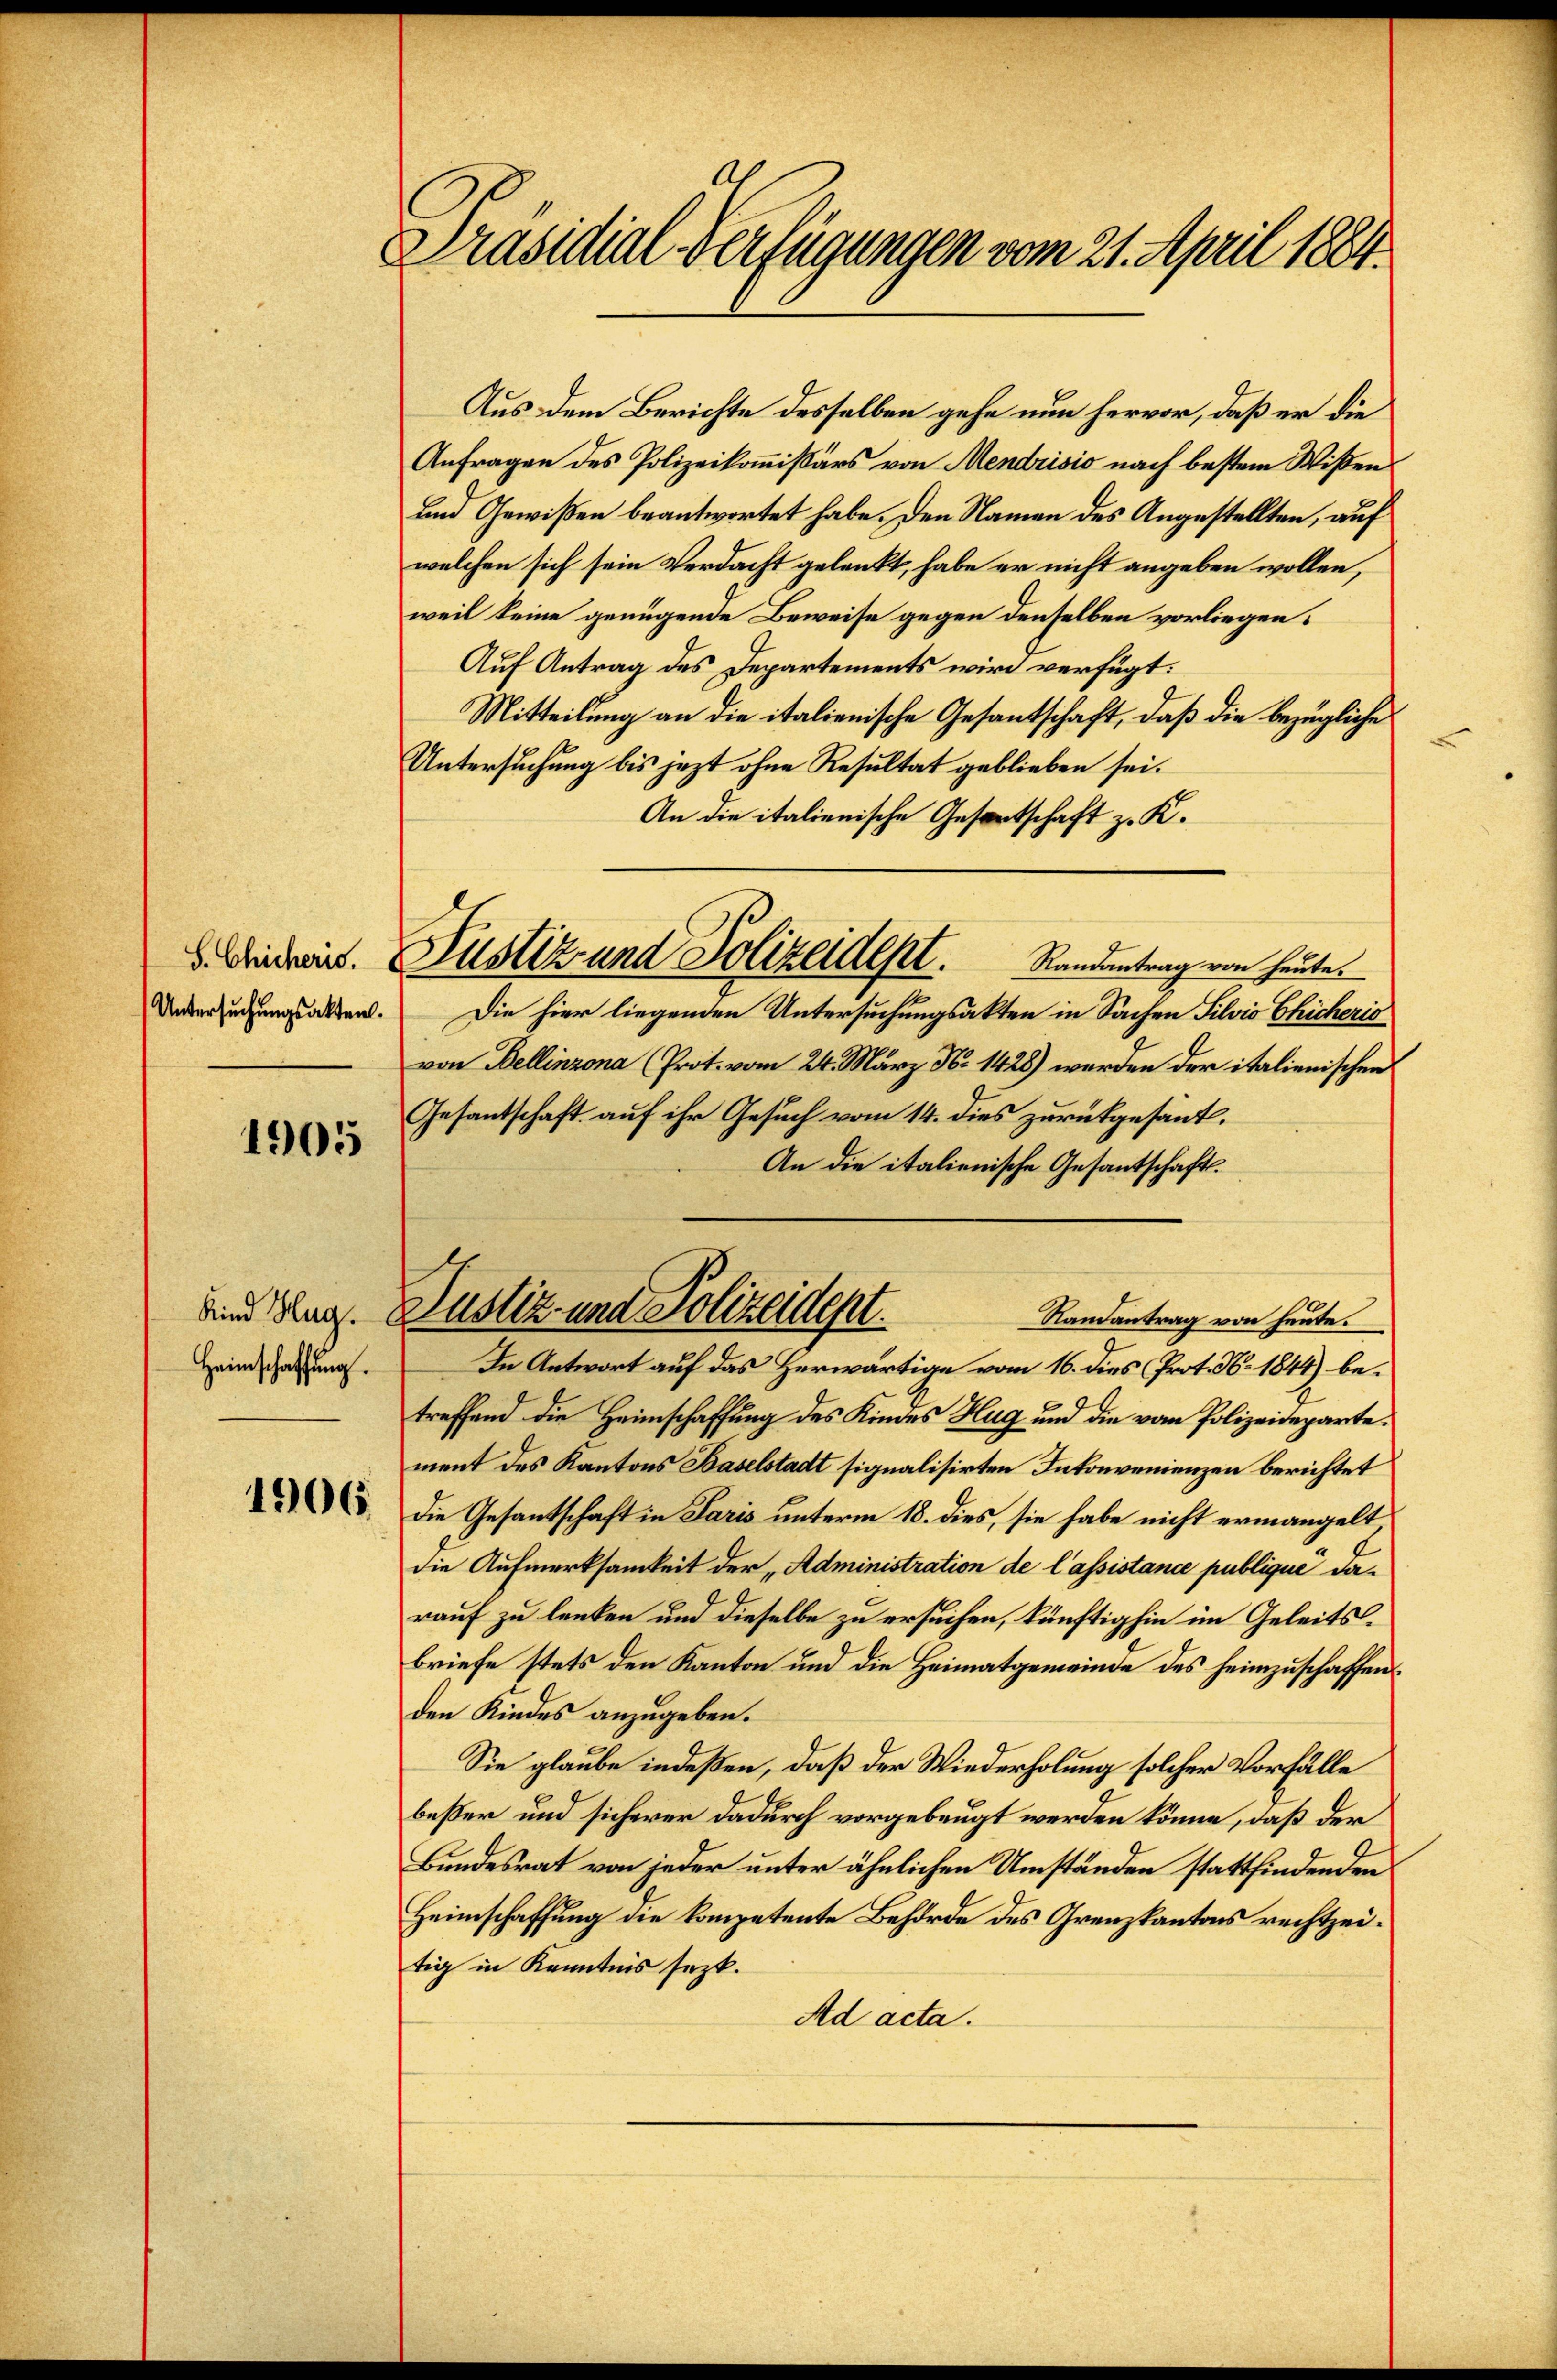
Untersŭchŭngsakten.

1905

Kind Hug.
Heimschaffung.

1906

Präsidial-Verfügungen vom 21. April 1884.

Aus dem Berichte desselben gehe nun hervor, daß er die
Anfragen des Polizeikommissärs von Mendrisis nach bestem Wißen
und Gewißen beantwortet habe. Den Namen des Angestellten, auf
welchen sich sein Verdacht gelenkt, habe er nicht angeben wollen,
weil keine genügende Beweise gegen denselben vorliegen.
Auf Antrag des Departements wird verfügt:
Mitteilung an die italienische Gesantschaft, daß die bezügliche
Untersuchung bis jetzt ohne Resultat geblieben sei.
An die italienische Gefortschaft z. K.
Randantrag von heute.
e
Die hier liegenden Untersuchungsakten in Sachen Silvio Chicheris
von Bellinzona (Prot. vom 24. März No. 1428) werden der italienischen
Gesantschaft auf ihr Gesuch vom 14. dies zurükgesant.
An die italienische Gesantschaft.
Justiz und Polizeident.
Randantrag von heute.
In Antwort auf das Herwärtige vom 16. dies Prot. N. 1844) betreffend die Heimschaffung des Kindes Hug und die vom Polizeideparte.
ment des Kantons Baselstadt signalisirten Intonvenienzen berichtet
die Gesantschaft in Paris unterm 18. dies, sie habe nicht ermangelt
die Aufmerksamkeit der „Administration de Cassistance publiqué darauf zu lenken und dieselbe zu ersuchen, künftighin im Geleitsbriefe stets den Kanton und die Heimatgemeinde des heimzuschaffenden Kindes anzugeben.
Sie glaube indeßen, daß der Wiederholung solcher Vorfälle
beßer und sicherer dadurch vorgebeugt werden könne, daß der
Bundesrat von jeder unter ähnlichen Umständen stattfindenden
Heimschaffung die kompetente Behörde des Grenzkantons rechtzeitig in Kenntnis sezt.
Ad acta.

Licit. Justiz und Polizeidept.